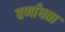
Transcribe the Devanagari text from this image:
बर्णांधता